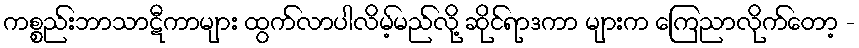
ကစ္စည်းဘာသာဋီကာများ ထွက်လာပါလိမ့်မည်လို့ ဆိုင်ရာဒကာ များက ကြေညာလိုက်တော့ -